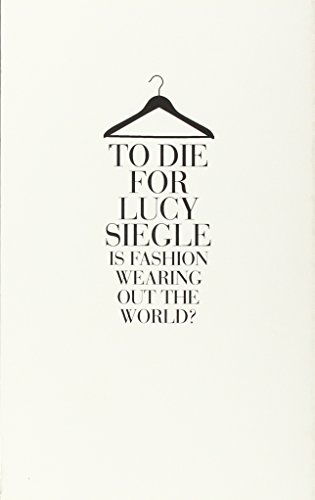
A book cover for To Die for: Is Fashion Wearing Out the World?; Lucy Siegle; Business & Money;